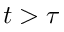
t > \tau